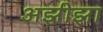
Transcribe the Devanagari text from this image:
अझीझा